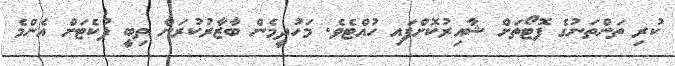
ކުރި ތަންތަނުގެ ފޮޓޯތަށް ޝާއިރުކޮށްފައި ހުއްޓެވެ. މަހުދީމެން ބާޒާރުކުރަން ތިބީ ޕުކެޓަށް އެންމެ